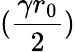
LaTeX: (\frac{\gamma r_{0}}{2})